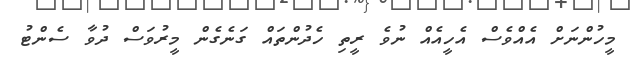
މީހުންނަށް އެއްވެސް އެހީއެއް ނުވެ ރީތި ހެދުންތައް ގަނެގެން މީރުވަސް ދުވާ ސެންޓު